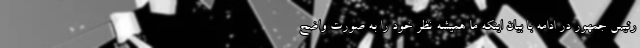
رئیس جمهور در ادامه با بیان اینکه ما همیشه نظر خود را به صورت واضح